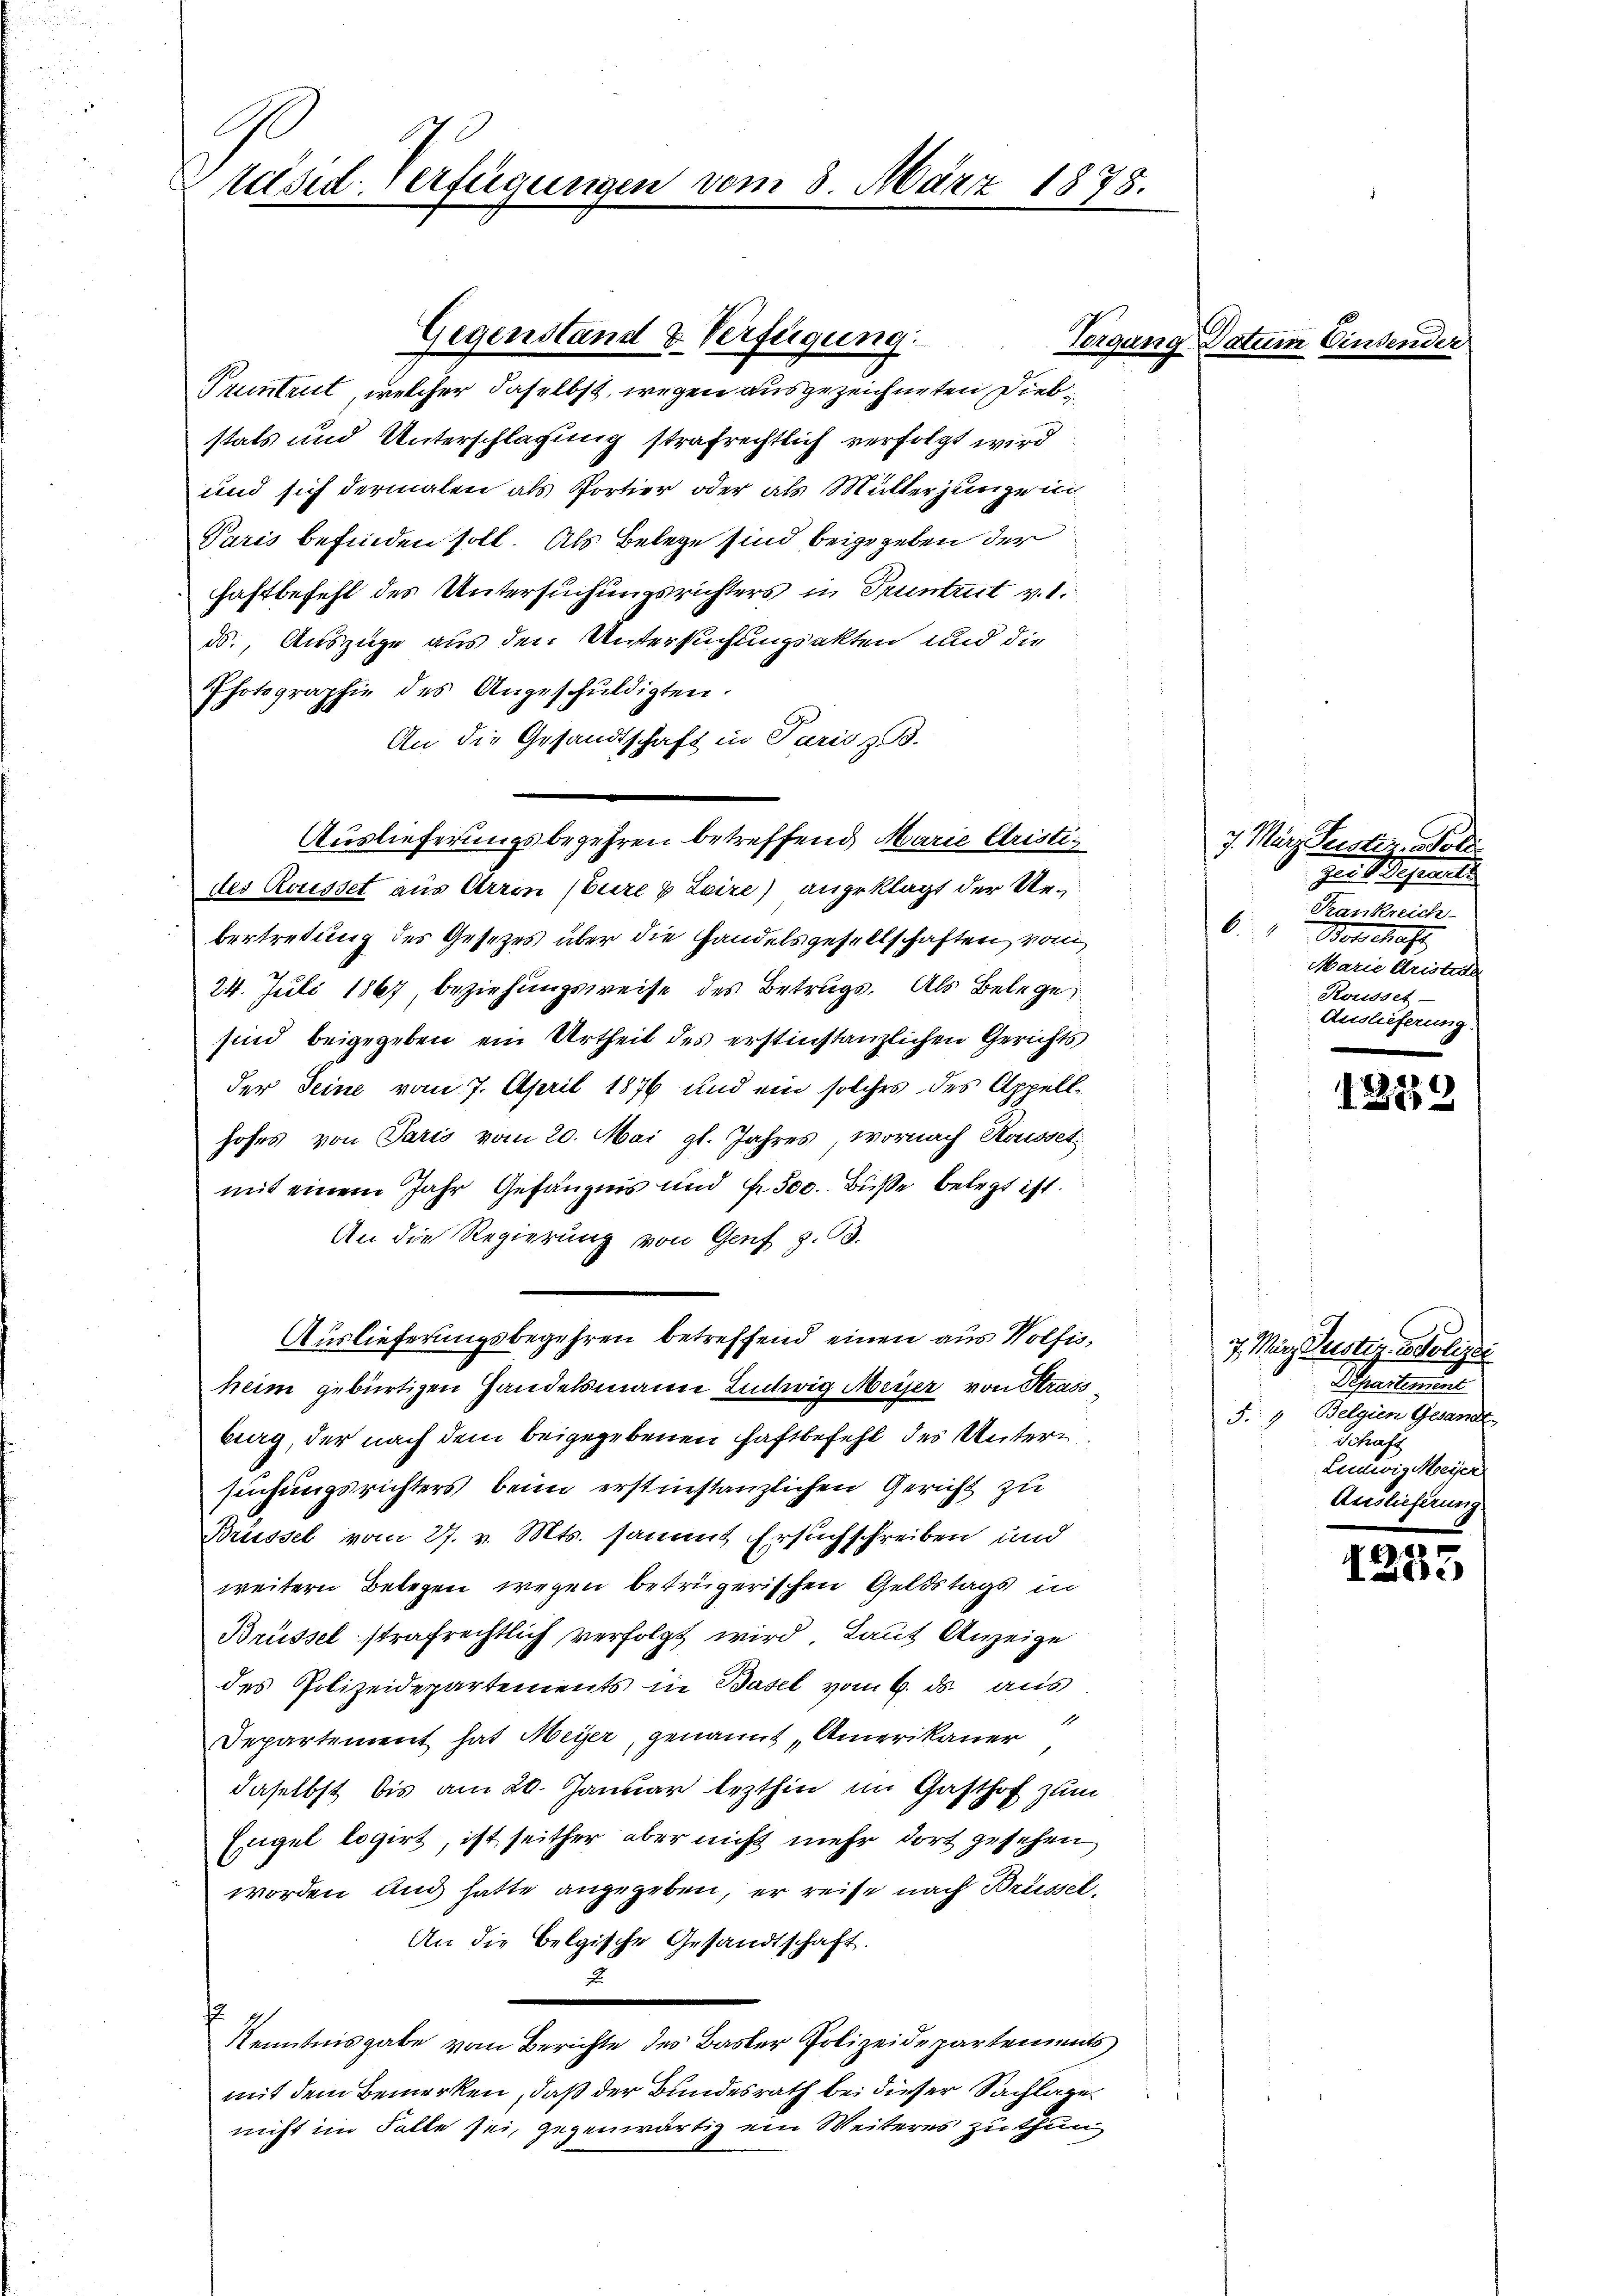
C
Päsid. Verfügunge

Gegenstand & Verfügung.

vom 8. März 1878.

Pruntrut, welcher daselbst, wegen ausgezeichneten Diebstats und Unterschlagung strafrechtlich verfolgt wird
und sich dermalen als Portier oder als Mutterjungen
Paris befinden soll. Als Belege sind beigegeben der
haftbefehl des Untersuchungsrichters in Truntrut v. 1.
ds., Auszüge aus den Untersuchungsakten und die
Photographie des Angeschuldigten.
An die Gesandtschaft in Paris z. B.
Auslieferungsbegehren betreffend Marie Cristides Rousset aus Arron (Eure & Leire) angeklagt der Uebertretung des Gesetzes über die Handelsgesellschaften vom
24. Juli 1867 beziehungsweise des Betrugs. Als Belege
sind beigegeben ein Urtheil des erstinstanzlichen Gerichts
der Seine vom 7. April 1876 und ein solches des Appellhofes von Paris vom 20. Mai gl. Jahres, wornach Rousset
mit einem Jahr Gefängnis und Fr. 500. Buße belegt ist.
An die Regierung von Genf z. B.
Auslieferungsbegehren betreffend einen aus Wolfisheim gebürtigen Handelsmann Ludwig Meiser von Strass
burg, der nach dem beigegebenen Haftbefehl des Untersuchungsrichters beim erstenstanzlichen Gericht zu
Brüssel vom 27. v. Mts. sammt Ersuchschreiben und
weitern Belegen wegen betrügerischen Geldstags in
Brüssel strafrechtlich verfolgt wird, Laut Anzeige
des Polizeidepartements in Basel vom 6. ds. aus.
1
Departement hat Meyer, genannt Amerikaner
daselbst bis am 20. Januar lezthin im Gasthof zum
Engel logirt, ist seither aber nicht mehr dort gesehen
worden und hatte angegeben, er reise nach Brüssel,
An die Belgische Gesandtschaft.
2
s
Kenntnisgabe vom Berichte des Basler Polizeidepartements
mit dem Bemerken, daß der Bundesrath bei dieser Sachlage
nicht im Falle sei, gegenwärtig ein Weiteres zu thun

Torgung

Datum Ein

7. März Leistiz, Mold
Zeit Gesamt
Krankreich
6 Botschaft
Marie Aristie
Kousset.
Auslieferung

1289

7. März Rustiz isolizei
Departement
§. 4 Belgien Gesandt
Schaft
Ludwig Meier
Auslieferung.

122